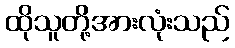
ထိုသူတို့အားလုံးသည်